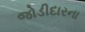
જોડીદારના